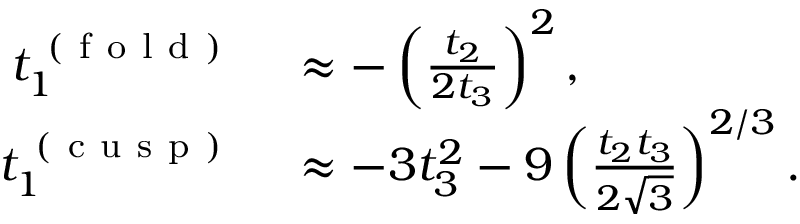
\begin{array} { r l } { t _ { 1 } ^ { \mathrm { ~ ( ~ f ~ o ~ l ~ d ~ ) ~ } } } & { { } \approx - \left( \frac { t _ { 2 } } { 2 t _ { 3 } } \right) ^ { 2 } , } \\ { t _ { 1 } ^ { \mathrm { ~ ( ~ c ~ u ~ s ~ p ~ ) ~ } } } & { { } \approx - 3 t _ { 3 } ^ { 2 } - 9 \left( \frac { t _ { 2 } t _ { 3 } } { 2 \sqrt { 3 } } \right) ^ { 2 / 3 } . } \end{array}